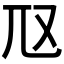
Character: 𡯅